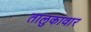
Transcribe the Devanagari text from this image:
तालुकावार